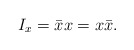
\begin{align*}I_x=\bar{x}x=x\bar{x}.\end{align*}